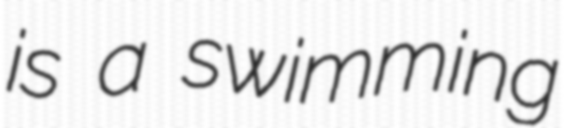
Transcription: is a swimming